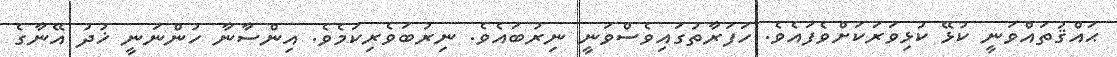
ޙައްޤުތައްވަނީ ކުޅޭ ކުޅިވަރަކަށްވެފައެވެ. ހަފަރާތުގައިވެސްވަނީ ނިރުބައެވެ. ނިރުބަވެރިކަމެވެ. އިންސާނާ ހުންނަނީ ޚުދު އޭނާގެ